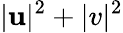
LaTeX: |\mathbf{u}|^{2}+|v|^{2}